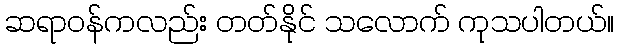
ဆရာဝန်ကလည်း တတ်နိုင် သလောက် ကုသပါတယ်။